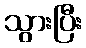
သွားပြီး